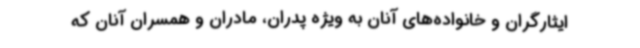
ایثارگران و خانواده‌های آنان به ویژه پدران، مادران و همسران آنان که